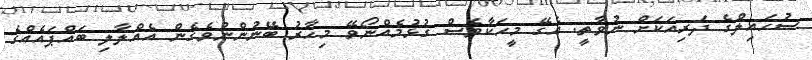
ސުހައިލްގެ ދަރިއަކަށް ނުވާތީ. އެގޭ މީހަކާވެސް ގުޅުމެއްނޯވޭ މިހާރު ބޭނުންނުވެގެން އެއްލާލި ބައްޕައެއްގެ